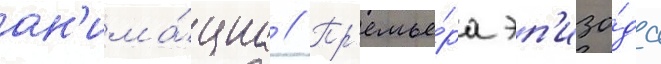
ан'има́циа // Пр'емье́ра эп'изо́да